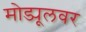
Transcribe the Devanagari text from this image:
मोड्यूलवर